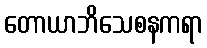
တောယာဘိသေစနကရာ